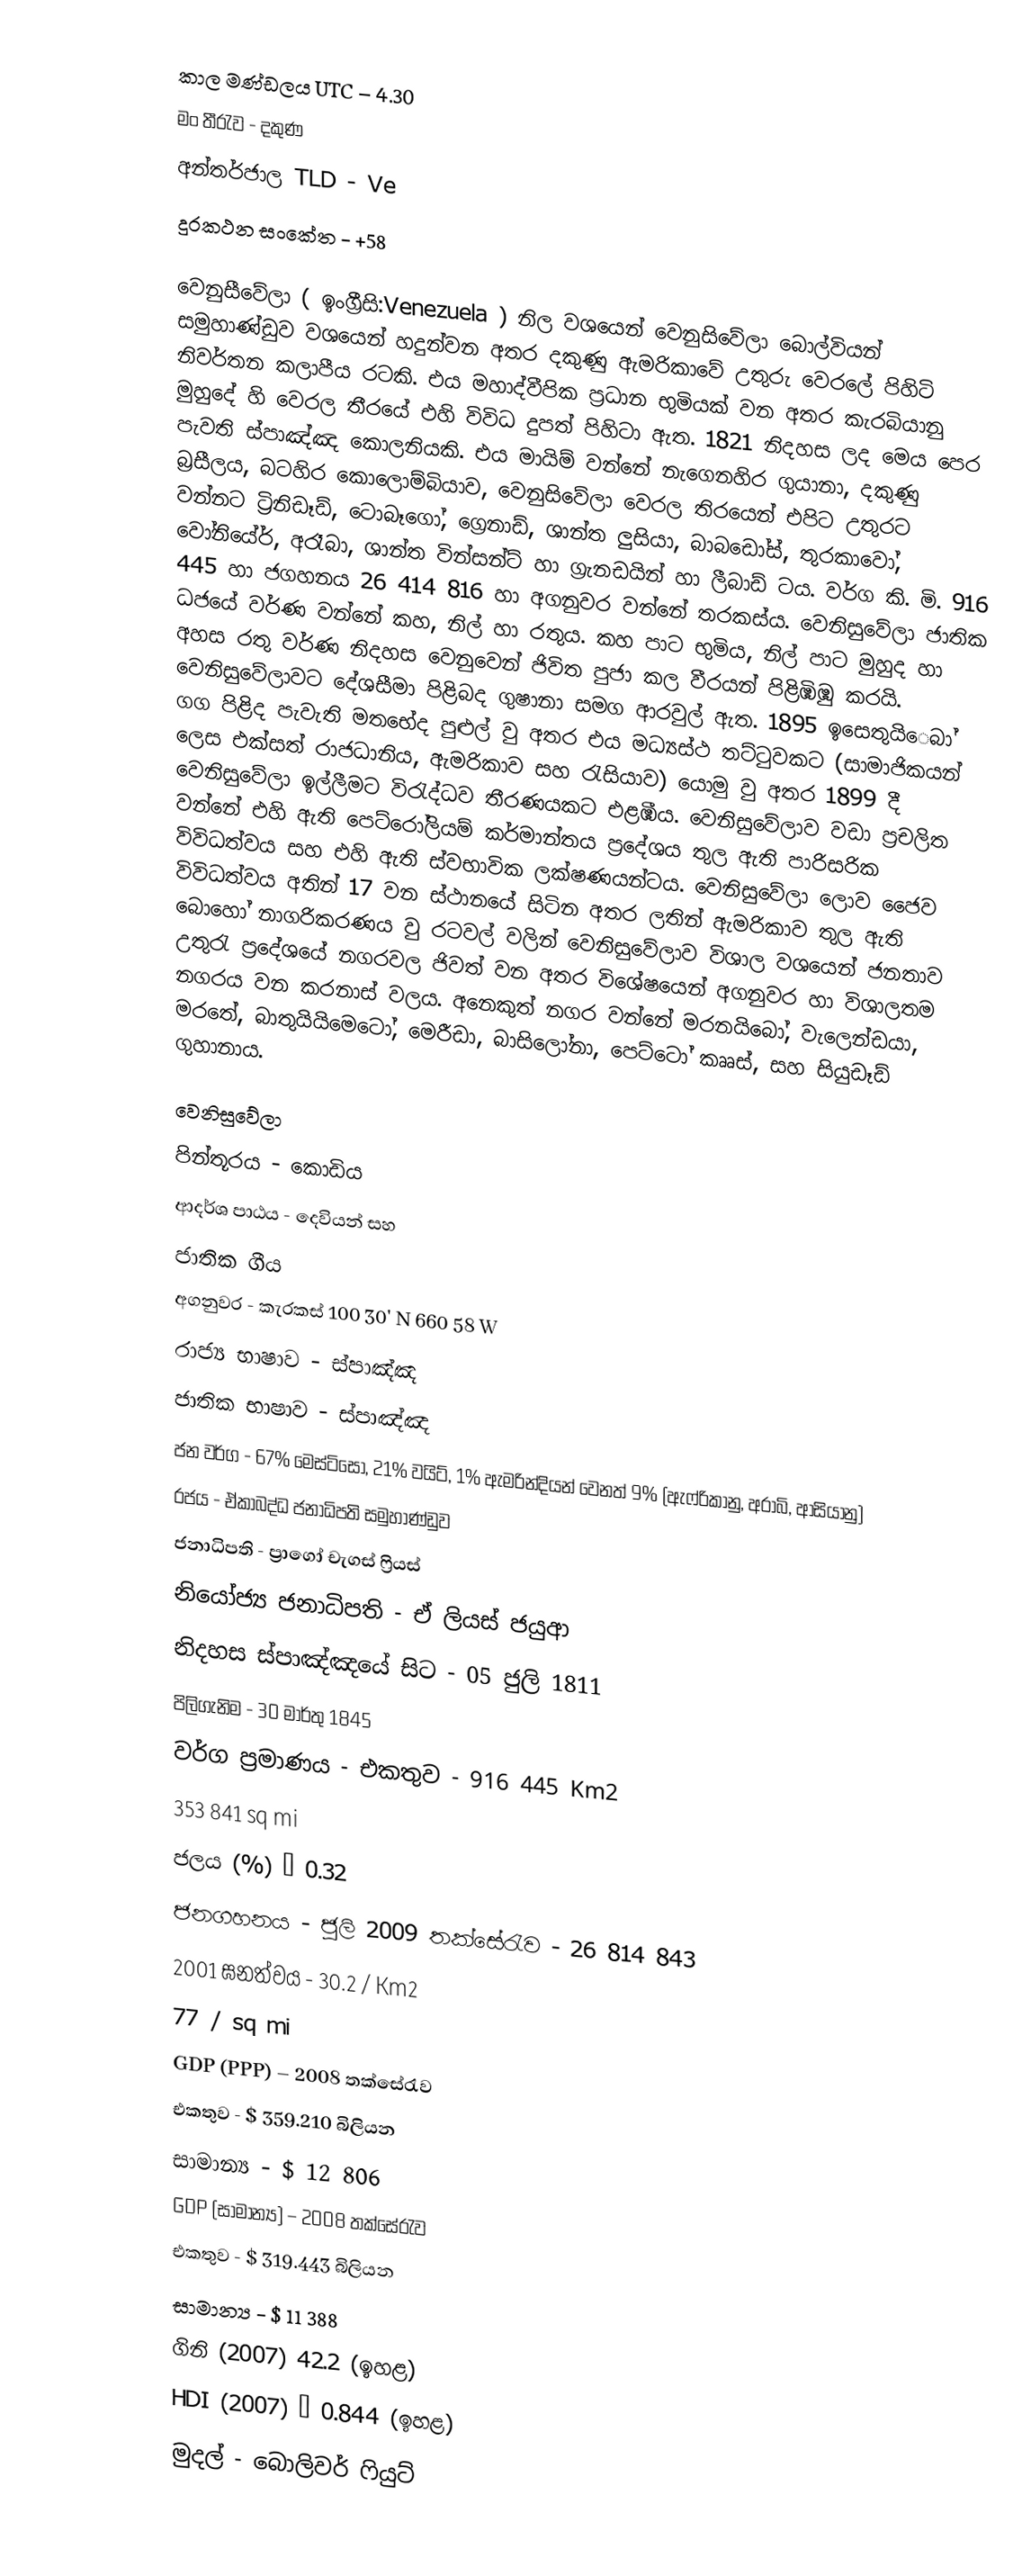
කාල මණ්ඩලය UTC – 4.30
මං තීරැව - දකුණ
අන්තර්ජාල TLD - Ve
දුරකථන සංකේත - +58

වෙනුසීවේලා ( ඉංග්‍රීසි:Venezuela ) නිල වශයෙන් වෙනුසිවේලා බොල්වියන් සමුහාණ්ඩුව වශයෙන් හදුන්වන අතර දකුණු ඇමරිකාවේ  උතුරු වෙරලේ පිහිටි නිවර්තන කලාපීය රටකි. එය මහාද්වීපික ප්‍රධාන භුමියක් වන අතර කැරබියානු මුහුදේ හි වෙරල තීරයේ එහි විවිධ දුපත් පිහිටා ඇත. 1821 නිදහස ලද මෙය පෙර පැවති ස්පාඤ්ඤ කොලනියකි. එය මායිම් වන්නේ නැගෙනහිර ගුයානා, දකුණු බ්‍රසීලය, බටහිර කොලොම්බියාව, වෙනුසිවේලා වෙරල තිරයෙන් එපිට උතුරට වන්නට ට්‍රිනිඩෑඩ්, ටොබ‍ෑගෝ, ග්‍රෙනාඩ්, ශාන්ත ලුසියා, බාබඩෝස්, තුරකාවෝ, වෝනියේර්, අරෑබා, ශාන්ත වින්සන්ට් හා ග්‍රැනඩයින් හා ලීබාඩ් ටය. වර්ග කි. මි. 916 445 හා ජගහනය 26 414 816 හා අගනුවර වන්නේ තරකස්ය. වෙනිසුවේලා ජාතික ධජයේ වර්ණ වන්නේ කහ, නිල් හා රතුය. කහ පාට භුමිය, නිල් පාට මුහුද හා අහස රතු වර්ණ නිදහස වෙනුවෙන් ජිවිත පුජා කල වීරයන් පිළිඹිඹු කරයි. වෙනිසුවේලාවට දේශසීමා පිළිබද ගුෂානා සමග ආරවුල් ඇත. 1895 ඉසෙතුයි‍ෙබා් ගග පිළිද පැවැති මතභේද පුළුල් වු අතර එය මධ්‍යස්ථ තට්ටුවකට (සාමාජිකයන් ලෙස එක්සත් රාජධානිය, ඇමරිකාව සහ රැසියාව) යොමු වු අතර 1899 දී වෙනිසුවේලා ඉල්ලීමට විරැද්ධව තීරණයකට එළඹීය. වෙනිසුවේලාව වඩා ප්‍රචලිත වන්නේ එහි ඇති පෙට්රෝලියම් කර්මාන්තය ප්‍රදේශය තුල ඇති පාරිසරික විවිධත්වය සහ එහි ඇති ස්වභාවික ලක්ෂණයන්ටය. වෙනිසුවේලා ලොව ජෛව විවිධත්වය අතින් 17 වන ස්ථානයේ සිටින අතර ලතින් ඇමරිකාව තුල ඇති බොහෝ නාගරිකරණය වු රටවල් වලින් වෙනිසුවේලාව විශාල වශයෙන් ජනතාව උතුරැ ප්‍රදේශයේ නගරවල ජිවත් වන අතර විශේෂයෙන් අගනුවර හා විශාලතම නගරය වන කරනාස් වලය. අනෙකුත් නගර වන්නේ මරනයිබෝ, ව‍ැලෙන්ඩයා, මරතේ, බාතුයියිමෙටෝ, මෙරීඩා, බාසිලෝනා, පෙට්ටෝ කෲස්, සහ සියුඩෑඩ් ගුහානාය.

 වෙනිසුවේලා
 පින්තූරය - කොඩිය
 ආදර්ශ පාඨය - දෙවියන් සහ
 ජාතික ගීය
 අගනුවර - කැරකස් 100 30' N 660 58 W
 රාජ්‍ය භාෂාව - ස්පාඤ්ඤ
 ජාතික භාෂාව - ස්පාඤ්ඤ
 ජන වර්ග - 67% මෙස්ටිසෝ, 21% වයිට්, 1% ඇමරින්දියන් වෙනත් 9% (ඇෆ්රිකානු, අරාබි, ආසියානු)
 රජය - ඒකාබද්ධ ජනාධිපති සමුහාණ්ඩුව
 ජනාධිපති - ප්‍රාගෝ චැගස් ෆ්‍රියස්
 නියෝජ්‍ය ජනාධිපති - ඒ ලියස් ජයුආ
 නිදහස ස්පාඤ්ඤයේ සිට - 05 ජුලි 1811
 පිලිගැනිම - 30 මාර්තු 1845
 වර්ග ප්‍රමාණය -	එකතුව	-	916 445 Km2
			353 841 sq mi
 ජලය (%) – 0.32
 ජනගහනය - ජුලි 2009 තක්සේරැව - 26 814 843
 2001 ඝනත්වය	-	30.2 / Km2
			77 / sq mi
 GDP (PPP) – 2008 තක්සේරැව
 එකතුව - $  359.210 බිලියන
 සාමාන්‍ය - $ 12 806
 GDP (සාමාන්‍ය) – 2008 තක්සේරැව
 එකතුව - $ 319.443 බිලියන
 සාමාන්‍ය - $ 11 388
 ගිනි (2007) 42.2 (ඉහළ)
 HDI (2007) – 0.844 (ඉහළ)
 මුදල් - බොලිවර් ෆියු‍ට්